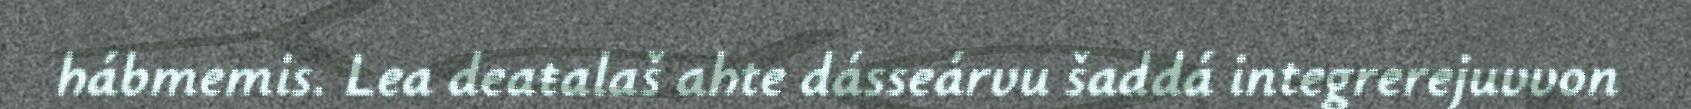
hábmemis. Lea deaŧalaš ahte dásseárvu šaddá integrerejuvvon